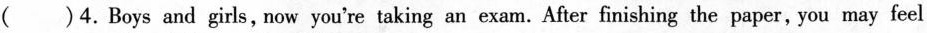
( )4. Boys and girls, now you're taking an exam. After finishing the paper, you may feel